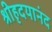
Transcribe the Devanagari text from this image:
श्रीहृदयानंद